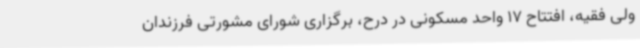
ولی فقیه، افتتاح 17 واحد مسکونی در درح، برگزاری شورای مشورتی فرزندان